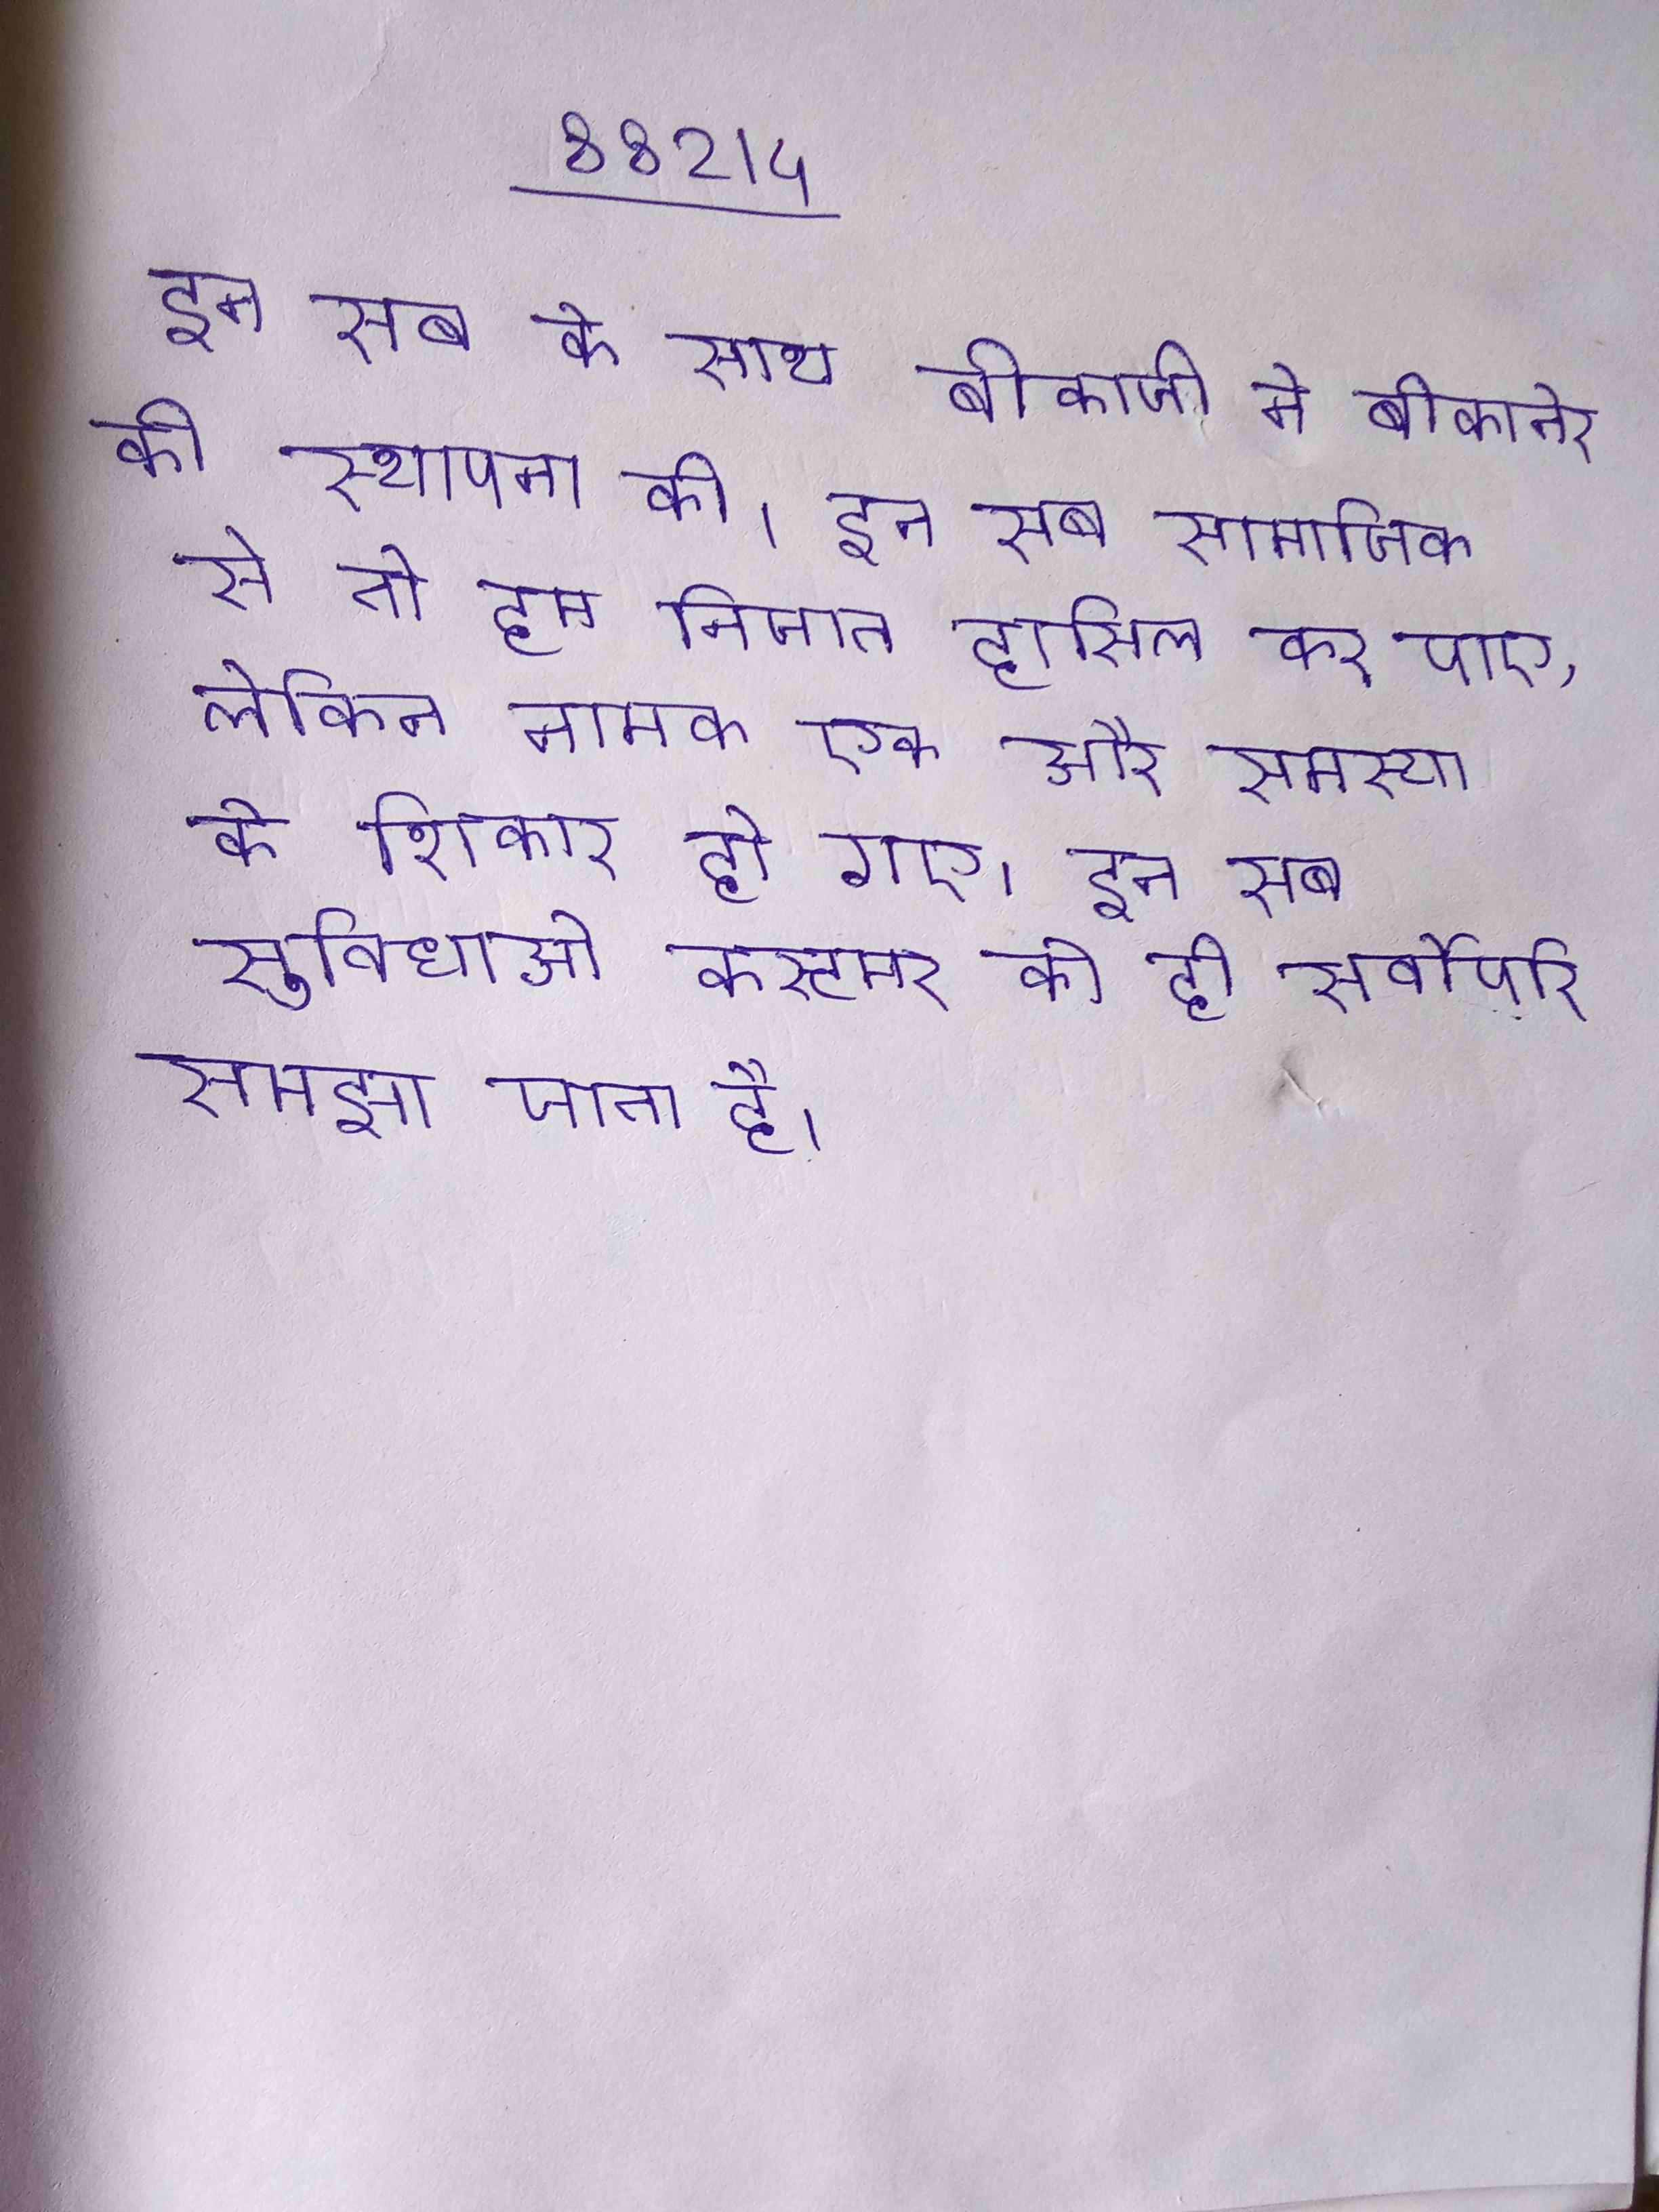
अपने को गाते हुए होली लोग बहुत ही धूमधाम से मनाते । अपने लोकप्रिय नाम के बावजूद, ऐतिहासिक और महामारी विज्ञान डेटा स्पेनिश फ्लू की भौगोलिक उत्पत्ति की पहचान कर सकते । अपने व की धुरी पर अपनी अस्मिता और अपने अस्तित्व के लिए करती एक विमुक्त जनजाति ।